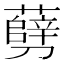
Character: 㔑